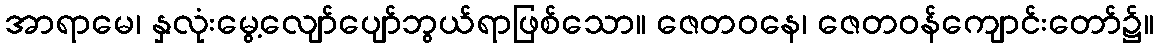
အာရာမေ၊ နှလုံးမွေ့လျော်ပျော်ဘွယ်ရာဖြစ်သော။ ဇေတဝနေ၊ ဇေတဝန်ကျောင်းတော်၌။